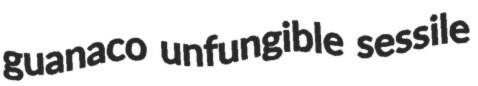
guanaco unfungible sessile